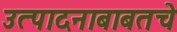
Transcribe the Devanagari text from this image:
उत्पादनाबाबतचे